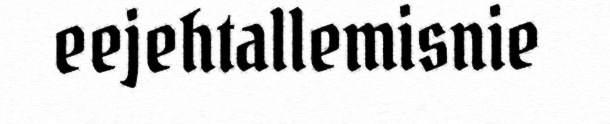
eejehtallemisnie